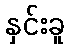
နှင်းခူ